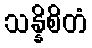
သန္နိစိတံ